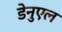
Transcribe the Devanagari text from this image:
डेनुएल